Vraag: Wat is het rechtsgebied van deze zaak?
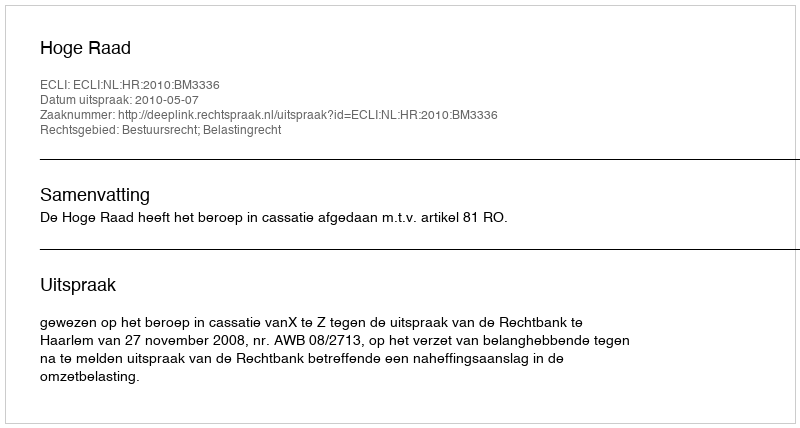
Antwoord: Bestuursrecht; Belastingrecht